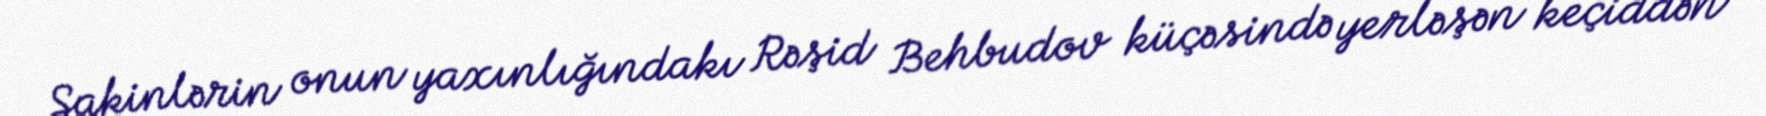
Sakinlərin onun yaxınlığındakı Rəşid Behbudov küçəsində yerləşən keçiddən